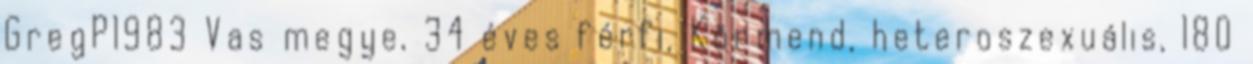
GregP1983 Vas megye, 34 éves férfi, Körmend, heteroszexuális, 180